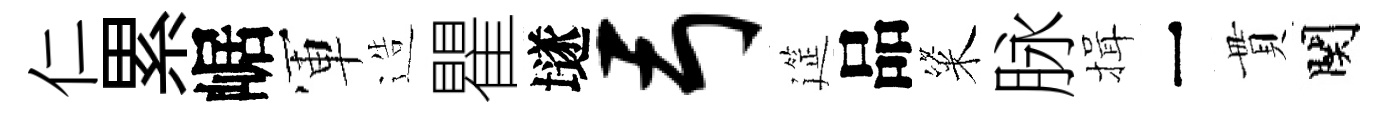
仁累崌軍造瞿𡑞弓筵品粢脉揖一貫関